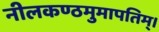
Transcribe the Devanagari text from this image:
नीलकण्ठमुमापतिम्।